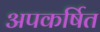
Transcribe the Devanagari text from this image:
अपकर्षित